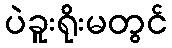
ပဲခူးရိုးမတွင်